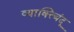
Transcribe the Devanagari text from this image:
व्याक्त्बिंदू